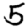
Digit: 5